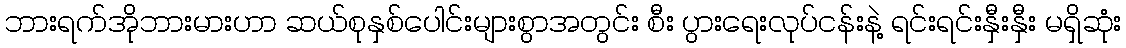
ဘားရက်အိုဘားမားဟာ ဆယ်စုနှစ်ပေါင်းများစွာအတွင်း စီး ပွားရေးလုပ်ငန်းနဲ့ ရင်းရင်းနှီးနှီး မရှိဆုံး